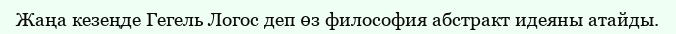
Жаңа кезеңде Гегель Логос деп өз философия абстракт идеяны атайды.